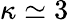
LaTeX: \kappa\simeq 3